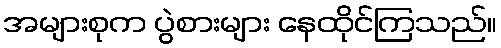
အများစုက ပွဲစားများ နေထိုင်ကြသည်။